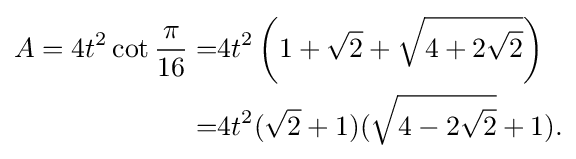
{\begin{aligned}A=4t^{2}\cot {\frac {\pi }{16}}=&4t^{2}\left(1+{\sqrt {2}}+{\sqrt {4+2{\sqrt {2}}}}\right)\\=&4t^{2}({\sqrt {2}}+1)({\sqrt {4-2{\sqrt {2}}}}+1).\end{aligned}}